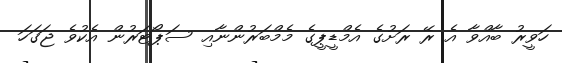
ހަވީރު ބާއްވާ އެ ރޭ ރަށުގެ އެމްޑީޕީގެ މެމްބަރުންނާއި ސަޕޯޓަރުން އެކުވެ ޖަގަހަ